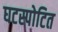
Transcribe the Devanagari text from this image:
घटस्पोटित